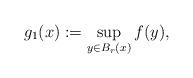
LaTeX: \begin{align*}g_1(x):=\sup_{y\in B_r(x)} f(y),\end{align*}